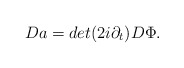
\begin{align*}Da = det (2 i \partial_t) D \Phi.\end{align*}